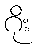
ဂိုး